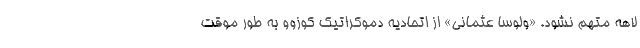
لاهه متهم نشود. «ولوسا عثمانی» از اتحادیه دموکراتیک کوزوو به طور موقت